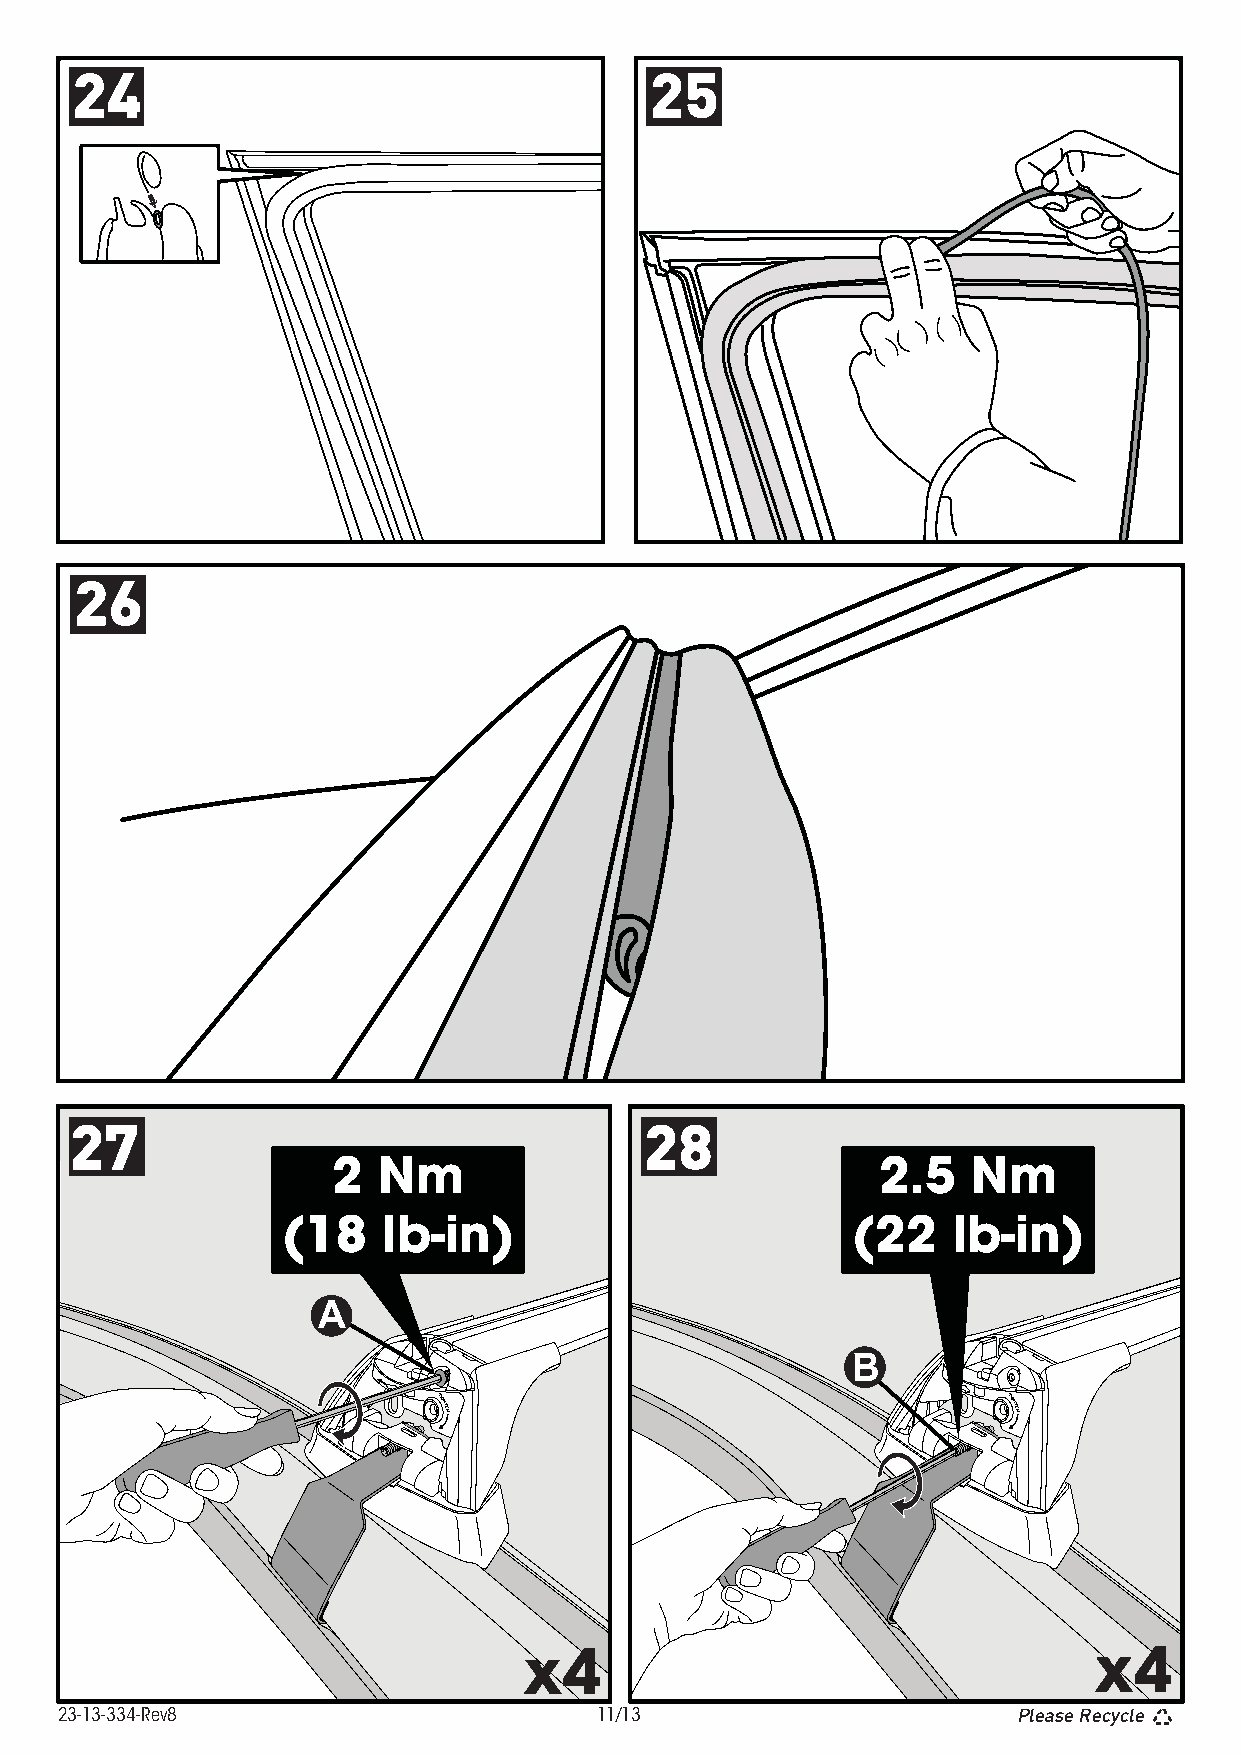
24                                    25
 26
 27                                    28
 2  Nm                               2.5   Nm
 (18   lb-in)                         (22    lb-in)
 A
 B
 x4                                   x4
 23-13-334-Rev8                     11/13                       Please Recycle